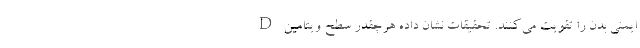
ایمنی بدن را تقویت می‌کنند. تحقیقات نشان داده هرچقدر سطح ویتامین D